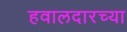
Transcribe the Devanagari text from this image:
हवालदारच्या